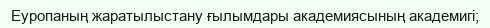
Еуропаның жаратылыстану ғылымдары академиясының академигі;